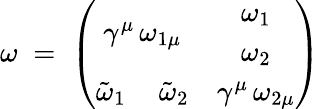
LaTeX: \omega\; =\; \left(\begin{array}{cc}{{\gamma^{\mu}\, \omega_{1\mu}}}&{{\begin{array}{c}{{\omega_{1}}}\\ {{\omega_{2}}}\end{array}}}\\ {{\begin{array}{cc}{{\tilde{\omega}_{1}\, }}&{{\tilde{\omega}_{2}}}\end{array}}}&{{\gamma^{\mu}\, \omega_{2\mu}}}\end{array}\right)